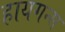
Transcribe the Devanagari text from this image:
हायगन्स